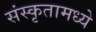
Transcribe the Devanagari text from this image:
संस्कृतामध्ये